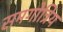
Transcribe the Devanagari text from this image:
समगोत्रिय